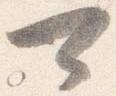
可